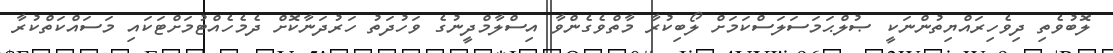
ލޮބުވެތި ދިވެހިރައްޔިތުންނަކީ ޞުލްޙަމަސަލަސްކަމަށް ލޯބިކުރާ މާތްވެގެންވާ އިސްލާމްދީނުގެ ވަހުދަތު ހަރުދަނާކޮށް ދެމެހެއްޓުމަށްޓަކައި މަސައްކަތްކުރާ